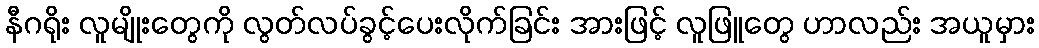
နီဂရိုး လူမျိုးတွေကို လွတ်လပ်ခွင့်ပေးလိုက်ခြင်း အားဖြင့် လူဖြူတွေ ဟာလည်း အယူမှား